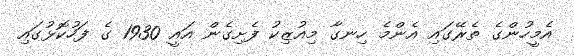
އެމީހުންގެ ތެރޭގައި އެންމެ ހިނގާ މިއުޒިކު ފެށިގެން އައީ 1930 ގެ ފަހުކޮޅުގައި